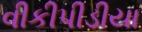
વીકીપીડીયા